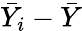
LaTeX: {\bar{Y}}_{i}-{\bar{Y}}